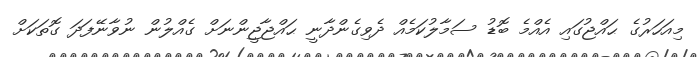
މިއަހަރުގެ ޙައްޖުގައި އެއްމެ ބޮޑު ސަމާލުކަމެއް ދެވިގެންދާނީ ޙައްޖާޖީންނަށް ގެއްލުން ނުވާނޭފަދަ ގޮތަކަށް